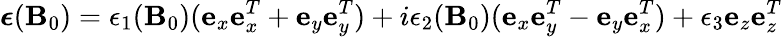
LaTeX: \boldsymbol{\epsilon}(\mathbf{B}_{0})=\epsilon_{1}(\mathbf{B}_{0})({\mathbf{e}}_{x}{\mathbf{e}}_{x}^{T}+{\mathbf{e}}_{y}{\mathbf{e}}_{y}^{T})+i\epsilon_{2}(\mathbf{B}_{0})({\mathbf{e}}_{x}{\mathbf{e}}_{y}^{T}-{\mathbf{e}}_{y}{\mathbf{e}}_{x}^{T})+\epsilon_{3}{\mathbf{e}}_{z}{\mathbf{e}}_{z}^{T}